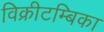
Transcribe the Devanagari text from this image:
विक्रीटम्बिका